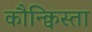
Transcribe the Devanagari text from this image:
कौन्क्विस्ता